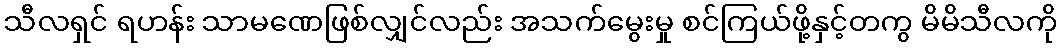
သီလရှင် ရဟန်း သာမဏေဖြစ်လျှင်လည်း အသက်မွေးမှု စင်ကြယ်ဖို့နှင့်တကွ မိမိသီလကို